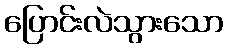
ပြောင်းလဲသွားသော